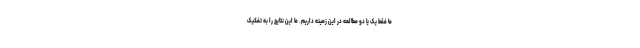
ما فقط یک یا دو مطالعه در این زمینه داریم. ما این نتایج را به تفکیک